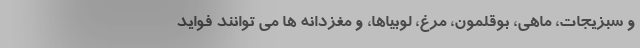
و سبزیجات، ماهی، بوقلمون، مرغ، لوبیاها، و مغزدانه ها می توانند فواید